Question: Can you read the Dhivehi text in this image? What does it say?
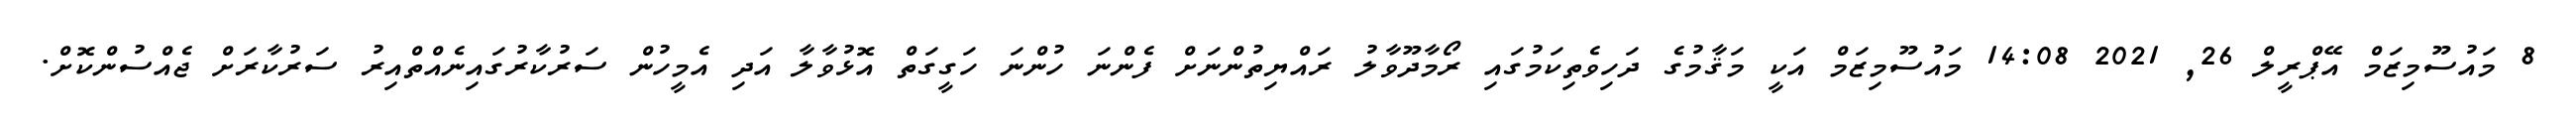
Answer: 8 މައުސޫމިޒަމް އޭޕްރީލް 26, 2021 14:08 މައުސޫމިޒަމް އަކީ މަޤާމުގެ ދަހިވެތިކަމުގައި ރޯމާދޫވާލު ރައްޔިތުންނަށް ފެންނަ ހުންނަ ހަގީގަތް އޮޅުވާލާ އަދި އެމީހުން ސަރުކާރުގައިނެއްތްއިރު ސަރުކާރަށް ޖެއްސުންކޮށް.